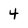
Character: 4